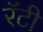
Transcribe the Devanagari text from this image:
रॅटी